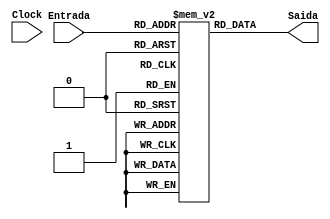
module memo_instr(Entrada,Saida,Clock);
input [7:0]Entrada; // sinal de entrada(8bits) que pode ser escrito no registrador de PC
input Clock; // o clock e sinal de controle(1bit) para o funiconamento de PC
output reg [7:0]Saida; // saida do PC
reg [7:0] Memoria[255:0]; //memoria de com 256 palavras de 8bits

initial begin //dados escritos na mo para dentro da memoria

Memoria[0] = 8'b10001101;    //nstz $t4 ok
 Memoria[1] = 8'b10001001;    //nstz $t3 ok
 Memoria[2] = 8'b10000001;    //nstz $t1 ok
 Memoria[3] = 8'b10000101;    //nstz $t2 ok
 Memoria[4] = 8'b01100100;    //naddi 1, $t1 ok
 Memoria[5] = 8'b01100001;    //naddi 0, $t2 ok
 Memoria[6] = 8'b01010011;    //nadd $zero, $t4 ok
 Memoria[7] = 8'b01101111;    //naddi 3, $t4 ok
 Memoria[8] = 8'b10100111;    //nsw $t2, $t4 ok
 Memoria[9] = 8'b10001101;    //stz $t4 ok
 Memoria[10] = 8'b11101110;    //ninvt $t4 ok
 Memoria[11] = 8'b01000010;   //nadd $t1,$t3 ok
 Memoria[12] = 8'b01001010;   //nadd $t3, $t3 ok
 Memoria[13] = 8'b11101001;   //ninvs $t3  ok
 Memoria[14] = 8'b00100110;   //nslt $t2, $t3 ok
 Memoria[15] = 8'b01000000;   //nadd $t1, $t1 ok
 Memoria[16] = 8'b11001110;   //nbeqz $t3, 3 ok 00 01 10 11
 Memoria[17] = 8'b01000001;   //nadd $t1,$t2 ok
 Memoria[18] = 8'b00010010;   //nlw $zero, $t3 ok
 Memoria[19] = 8'b11101011;   //njre $t3 ok
 Memoria[20] = 8'b01000010;   //nadd $t1,$t3 resultado em t3
 Memoria[21] = 8'b11100000;   //nhaltok



 end
 always @(*) begin// definde o sinal de saida como a palavra de 8bits no endereo que foi recebido pelo sinal de entrada
	Saida = Memoria[Entrada];
end

endmodule